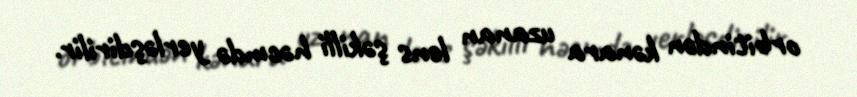
orbitindən kənara uzanan lens şəkilli həcmdə yerləşdirilir.